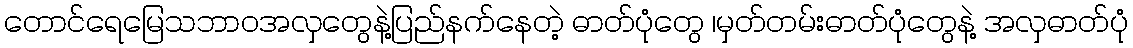
တောင်ရေမြေသဘာ၀အလှတွေနဲ့ပြည်နက်နေတဲ့ ဓာတ်ပုံတွေ ၊မှတ်တမ်းဓာတ်ပုံတွေနဲ့ အလှဓာတ်ပုံ